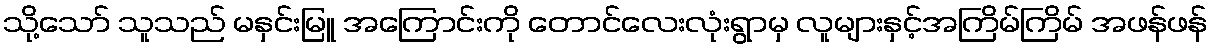
သို့သော် သူသည် မနှင်းမြူ အကြောင်းကို တောင်လေးလုံးရွာမှ လူများနှင့်အကြိမ်ကြိမ် အဖန်ဖန်